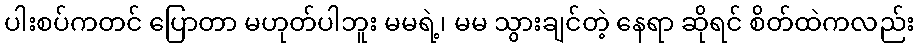
ပါးစပ်ကတင် ပြောတာ မဟုတ်ပါဘူး မမရဲ့၊ မမ သွားချင်တဲ့ နေရာ ဆိုရင် စိတ်ထဲကလည်း